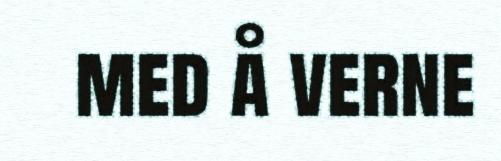
med å verne